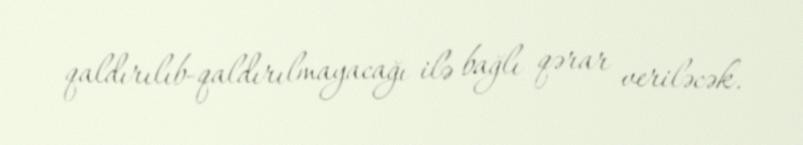
qaldırılıb-qaldırılmayacağı ilə bağlı qərar veriləcək.